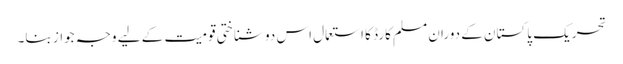
تحریک پاکستان کے دوران مسلم کارڈ کا استعمال اس دو شناختی قومیت کے لیے وجہِ جواز بنا۔